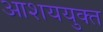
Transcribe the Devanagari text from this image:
आशययुक्‍त